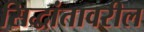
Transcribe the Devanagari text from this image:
सिद्धांतावरील